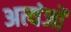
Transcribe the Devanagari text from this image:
अत्यंजों